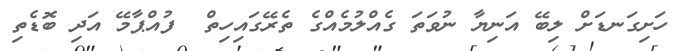
ހަށިގަނޑަށް ލިބޭ އަނިޔާ ނުވަތަ ގެއްލުމެއްގެ ތެރޭގައިހިތް  ފުއްޕާމޭ އަދި ބޮޑެތި